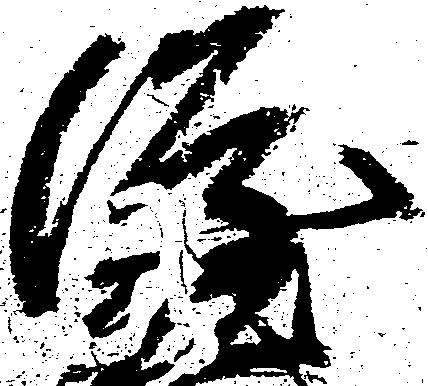
隆